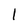
Character: l